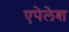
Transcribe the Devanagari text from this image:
एपेलेश